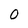
Character: 0